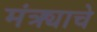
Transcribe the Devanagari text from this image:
मंत्र्याचे